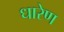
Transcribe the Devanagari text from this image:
धारेण